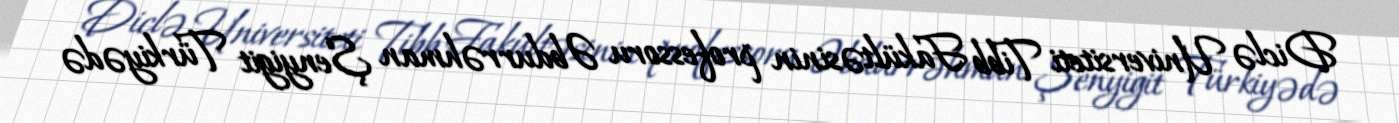
Diclə Universiteti Tibb Fakültəsinin professoru Əbdurrəhman Şenyigit Türkiyədə